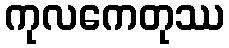
ကုလကေတုဿ